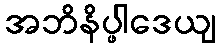
အဘိနိပ္ဖါဒေယျ